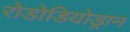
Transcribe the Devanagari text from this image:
रोडोडियोड्रान